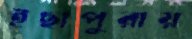
ইছাপুরায়